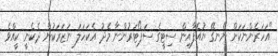
"އަހަރެންނަކަށް ނޭނގޭ ޔުއެފާއިން ސިޓީގެ ސަޕޯޓަރުންނާ މެދު އެކަހަލަ ނަޒަރަކުން ދެކެނީ ކީއްވެ